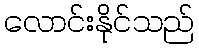
လောင်းနိုင်သည်